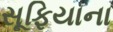
સૂફિયાના